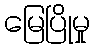
မြေပြိုမှု